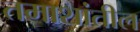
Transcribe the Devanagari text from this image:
तमाशांतील